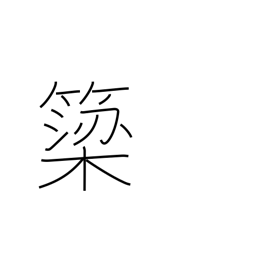
Meaning: weir